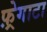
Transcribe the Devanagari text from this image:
फ़्रेगाटा